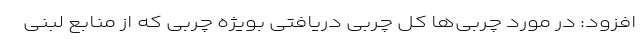
افزود: در مورد چربی‌ها کل چربی دریافتی بویژه چربی که از منابع لبنی